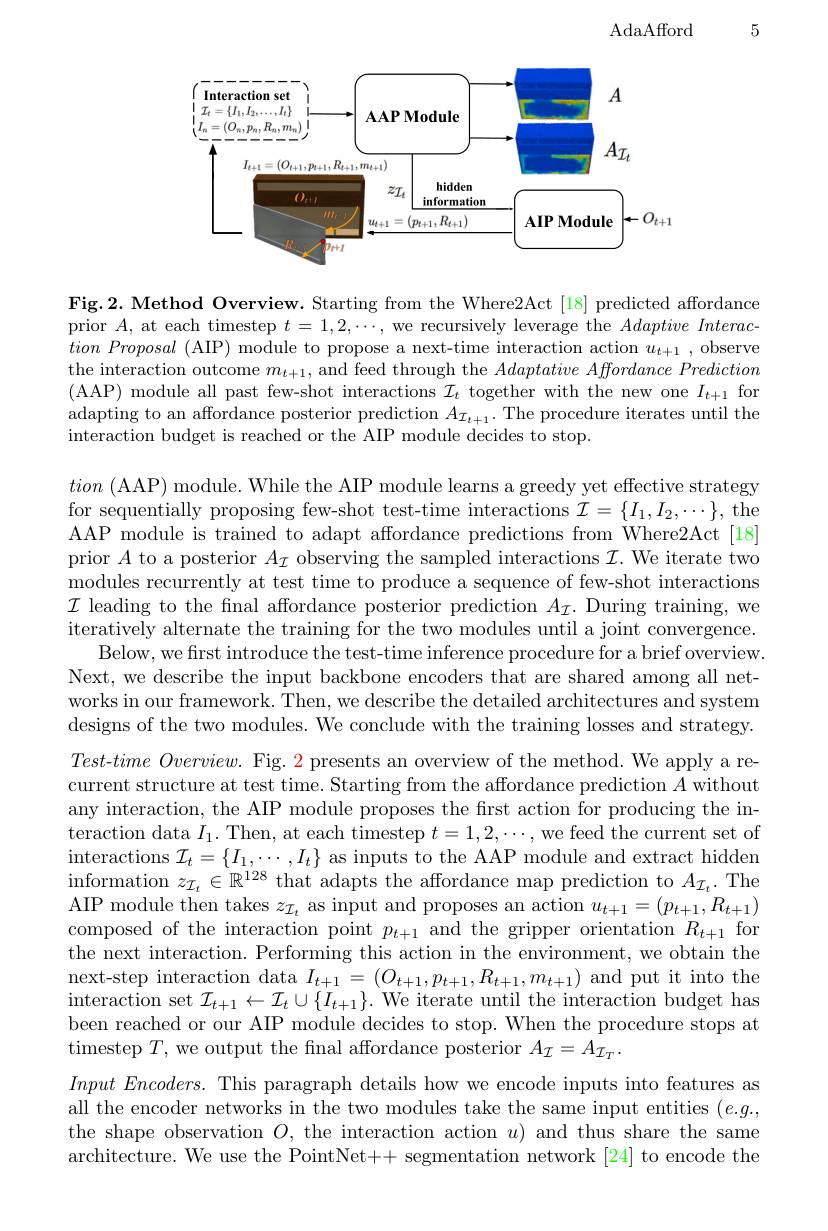
AdaAfford

5

<FigureHere>

Fig.2. Method Overview. Starting from the Where2Act [18] predicted affordance prior $A$, at each timestep $t=1,2,\cdots$, we recursively leverage the $Adaptive\textit{Interac- }$ $tion\textit{ Proposal ( AIP) module to propose a next- time interaction action }u_{t+ 1}$,observe the interaction outcome $m_t+1$, and feed through the $Adaptative\textit{ Affordance Prediction}$ (AAP) module all past few-shot interactions $\mathcal{I}_t$ together with the new one $I_t+1$ for adapting to an affordance posterior prediction $A_{\mathcal{I}_{t+1}}.$ The procedure iterates until the interaction budget is reached or the AIP module decides to stop.

tion ( AAP) module. While the AIP module learns a greedy yet effective strategy for sequentially proposing few-shot test-time interactions $\mathcal{I}=\{I_1,I_2,\cdots\}$, the AAP module is trained to adapt affordance predictions from Where2Act [18] prior $A$ to a posterior $A_\mathcal{I}$ observing the sampled interactions $\mathcal{I}.$ We iterate two modules recurrently at test time to produce a sequence of few-shot interactions $\mathcal{I}$ leading to the final affordance posterior prediction $A_\mathcal{I}.$ During training, we iteratively alternate the training for the two modules until a joint convergence.
Below, we first introduce the test-time inference procedure for a brief overview. Next, we describe the input backbone encoders that are shared among all networks in our framework. Then, we describe the detailed architectures and system designs of the two modules. We conclude with the training losses and strategy. $Test- time\textit{Overview. Fig. 2 presents an overview of the method. We apply a re- }$ current structure at test time. Starting from the affordance prediction $A$ without any interaction, the AIP module proposes the first action for producing the interaction data $I_1.$ Then, at each timestep $t=1,2,\cdots$,we feed the current set of interactions $\mathcal{I} _{t}= \{ I_{1}, \cdots , I_{t}\}$ as inputs to the AAP module and extract hidden information $z_{\mathcal{I} _{t}}\in \mathbb{R} ^{128}$ that adapts the affordance map prediction to $A_{\mathcal{I}_{t}}.$The AIP module then takes $z_\mathcal{I}_t$ as input and proposes an action $u_t+1=(p_{t+1},R_{t+1})$ composed of the interaction point $p_{t+1}$ and the gripper orientation $R_t+1$ for the next interaction. Performing this action in the environment, we obtain the next-step interaction data $I_{t+1}=(O_{t+1},p_{t+1},R_{t+1},m_{t+1})$ and put it into the interaction set $\mathcal{I}_t+1\leftarrow\mathcal{I}_t\cup\{I_{t+1}\}.$ We iterate until the interaction budget has been reached or our AIP module decides to stop. When the procedure stops at timestep $T$, we output the final affordance posterior $A_\mathcal{I}=A_\mathcal{I}_T.$
$Input\textit{ Encoders. This paragraph details how we encode inputs into features as}$ all the encoder networks in the two modules take the same input entities $(e.g.$, the shape observation $O$, the interaction action $u)$ and thus share the same architecture. We use the PointNet++ segmentation network [24] to encode the